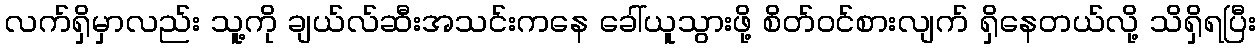
လက်ရှိမှာလည်း သူ့ကို ချယ်လ်ဆီးအသင်းကနေ ခေါ်ယူသွားဖို့ စိတ်ဝင်စားလျက် ရှိနေတယ်လို့ သိရှိရပြီး